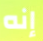
إنه